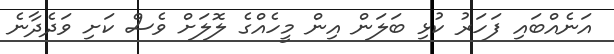
އަނެއްބައި ފަހަރު ކުޅި ބަލަން އިން މީހެއްގެ ލޮލަށް ވެސް ކަށި ވަދެދާނެ